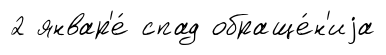
2 январ'е́ спад обраще́н'иjа